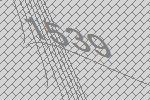
1539